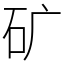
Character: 矿